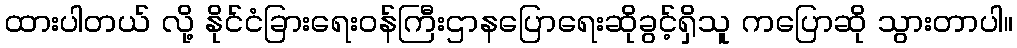
ထားပါတယ် လို့ နိုင်ငံခြားရေးဝန်ကြီးဌာနပြောရေးဆိုခွင့်ရှိသူ ကပြောဆို သွားတာပါ။